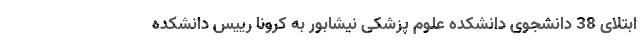
ابتلای 38 دانشجوی دانشکده علوم‌ پزشکی نیشابور به کرونا رییس دانشکده